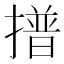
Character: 𭢞